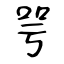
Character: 咢